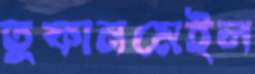
তুফানমেইল